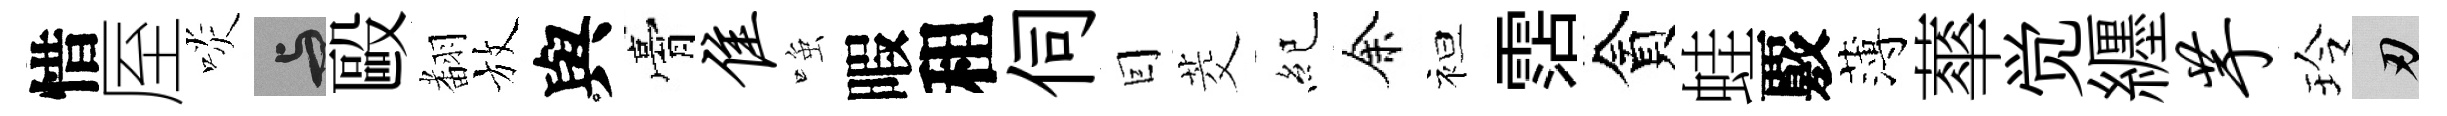
惜厔啖与毆𮋒放與膏隹𫪻暇租伺囙茭紀余袒霑貪蛙覈薄蕐觉纒芋玲刃